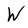
Character: W